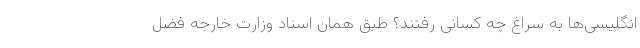
انگلیسی‌ها به سراغ چه کسانی رفتند؟ طبق همان اسناد وزارت خارجه فضل